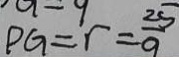
P G = r = \frac { 2 5 } { 9 }